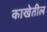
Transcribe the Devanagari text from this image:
काखेतील